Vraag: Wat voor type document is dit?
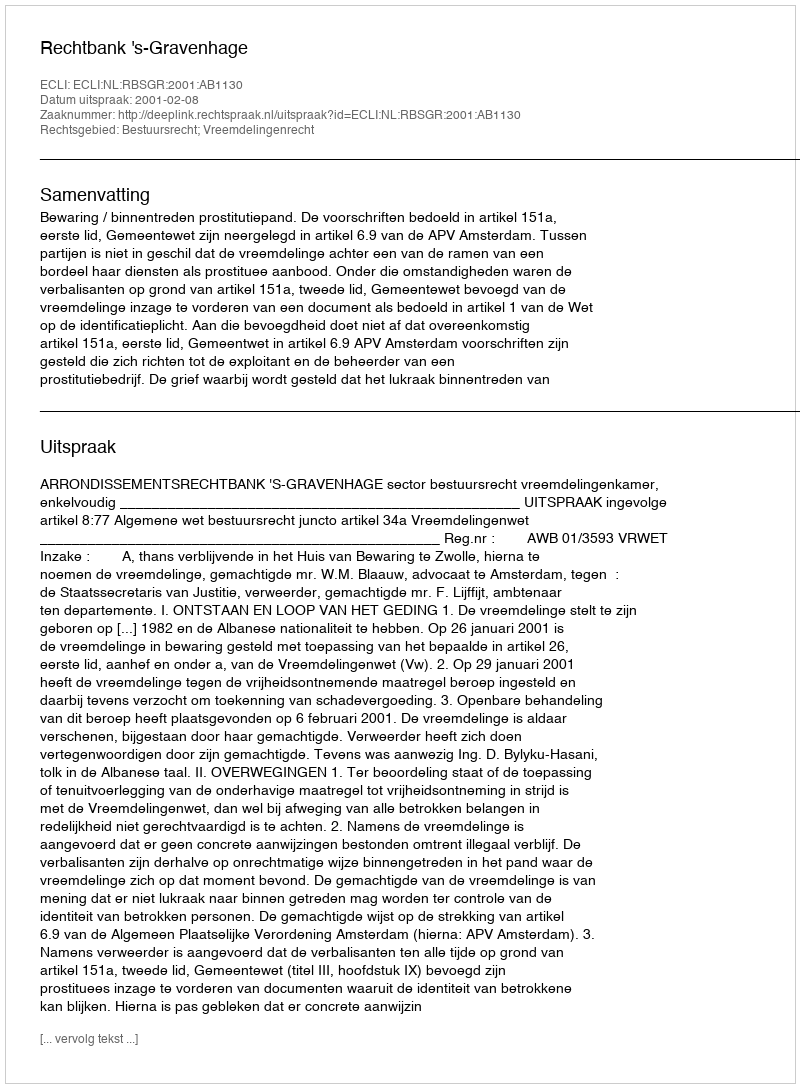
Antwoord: Uitspraak